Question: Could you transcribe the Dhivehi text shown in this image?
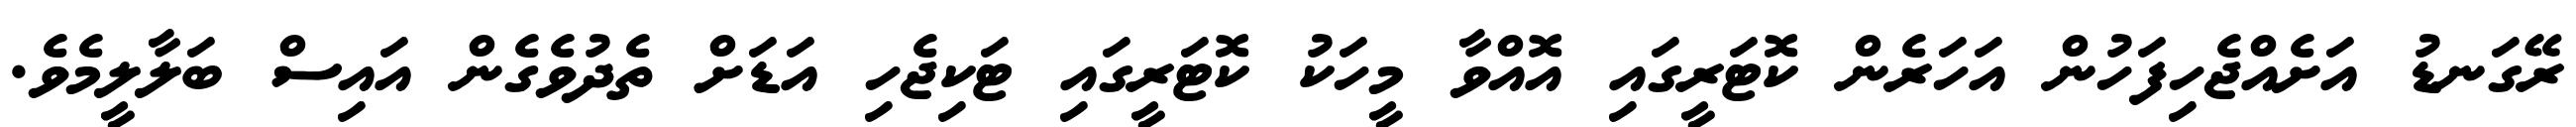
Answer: ރޭގަނޑު އަށެއްޖެހިފަހުން އަހަރެން ކޮޓަރީގައި އޮއްވާ މީހަކު ކޮޓަރީގައި ޓަކިޖެހި އަޑަށް ތެދުވެގެން އައިސް ބަލާލީމެވެ.